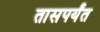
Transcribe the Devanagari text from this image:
तासपर्यंत